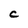
Character: C